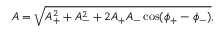
\begin{array} { r } { A = \sqrt { A _ { + } ^ { 2 } + A _ { - } ^ { 2 } + 2 A _ { + } A _ { - } \cos ( \phi _ { + } - \phi _ { - } ) } , } \end{array}